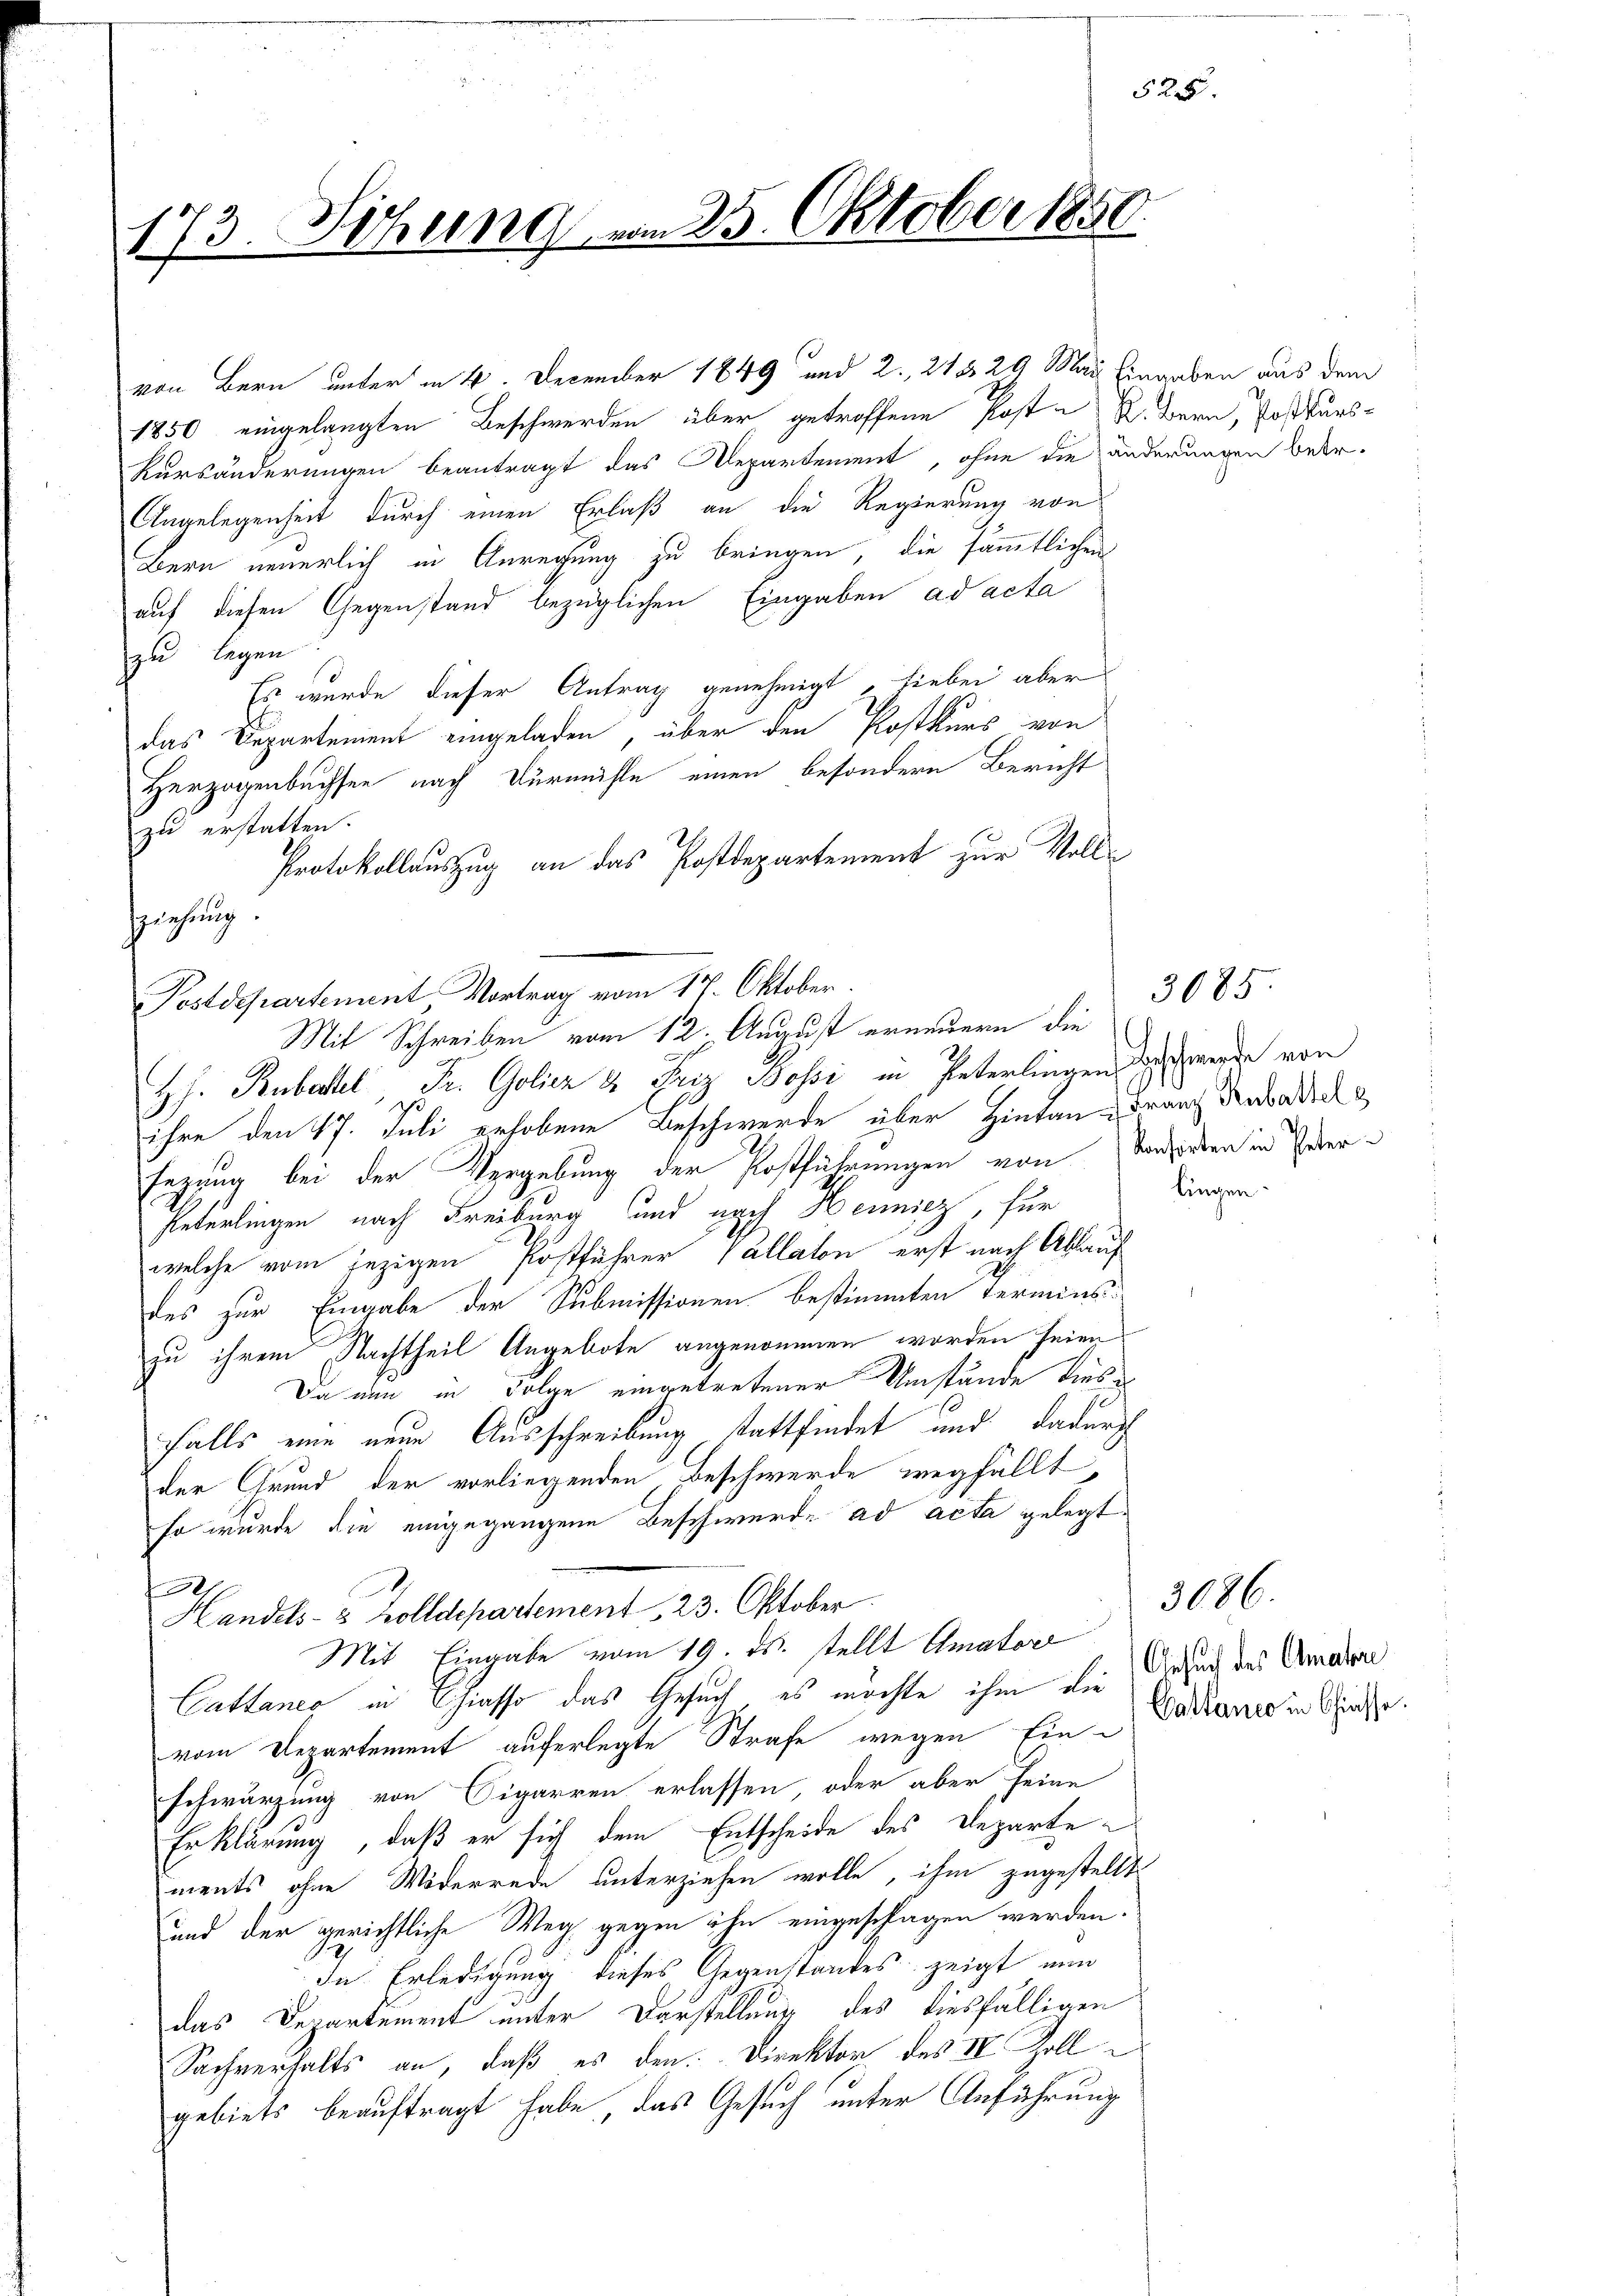
173. Sitzung vom 25. Oktober 1850

von Bern unter in 4. December 1849 und 2. 21329 Mai Eingaben aus dem
1850 eingelangten Beschwerden über getroffene Post - K. Bern, Postkurs¬
Kursänderungen beantragt das Repartement, ohne die änderungen betr.
Angelegenheit durch einen Erlaß an die Regierung von
Bern neuerlich in Anregung zu bringen, die sämmtlichen
auf diesen Gegenstand bezüglichen Eingaben ad acta
zu legen
Es wurde dieser Antrag genehmigt, hiebei aber
das Departement eingeladen, über den Postkurs von
Herzogenbuchsee nach Dürmühle einen besondere Bericht
zu erstatten.
Protokollauszug an das Postdepartement zur Voll¬
Zziehung.
Postdepartement Vortrag vom 17. Oktober.
Mit Schreiben vom 12. August erneuern die
H.H. Rubertel Fr. Goliez & Friz Bossi in Peterlingen werde von
ihre den 17. Juli erhobene Beschwerde über Hintan Franc debedeck
Enzung bei der Vergebung der Postführungen von Vorsorten in Eber¬
Peterlingen nach Freiburg und nach Hennicz, für
welche vom jezigen Postführer Pallaton erst nach Ablauf
des zur Eingabe der Submissionen bestimmten Terminszu ihrem Nachtheil Angebote angenommen worden seien
Da nun in Folge eingetretener Umstände dies
falls eine neue Ausschreibung stattfindet und dadurch
der Grund der vorliegenden Beschwerde wegfällt,
so wurde die eingegangene Beschwerde ad acta gelegt.
e
Handels- & Zolldepartement 23. Oktober.
Mit Eingabe vom 19. ds. stellt Amator
Cattanco in Chiasso das Gesuch, es möchte ihm die
vom Departement auferlegte Strafe wegen Einschwärzung von Figarren erlassen, oder aber seine
Erklärung, daß er sich dem Entscheide des Departe
ments ohne Widerrede unterziehen wolle, ihm zugestellt
und der gerichtliche Weg, gegen ihn eingeschlagen werden.
In Erledigung dieses Gegenstandes zeigt nun
das Departement unter Darstellung des diesfälligen
Sachverhalts an, daß es den Direktor des IV. Zoll
gebiets beauftragt habe, das Gesuch unter Anführung

525.

3085

lingen

Gesuch des Amatre
Cattanco in Schlasse.

3686.